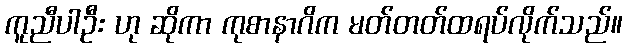
ကူညီပါဦး ဟု ဆိုကာ ကုစာနာဂိက မတ်တတ်ထရပ်လိုက်သည်။